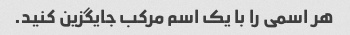
هر اسمی را با یک اسم مرکب جایگزین کنید.